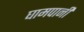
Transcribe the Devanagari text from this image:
घामपानी